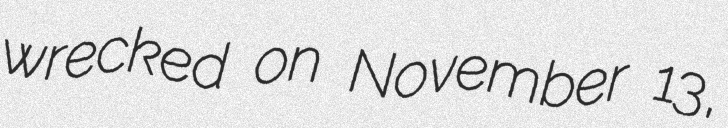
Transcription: wrecked on November 13,